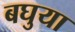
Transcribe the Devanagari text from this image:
बघुया